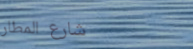
شارع المطار